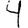
Digit: 4